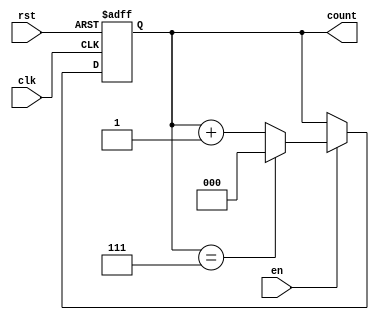
module synchronous_counter #(
    parameter WIDTH = 3  // Bit width of the counter (default is 3 bits)
) (
    input wire clk,      // Clock signal
    input wire rst,      // Reset signal
    input wire en,       // Enable signal
    output reg [WIDTH-1:0] count  // Current count value
);

// Asynchronous reset logic
always @(posedge clk or posedge rst) begin
    if (rst) begin
        count <= 0;  // Reset count to 0
    end else if (en) begin
        // Increment count and wrap around if necessary
        count <= (count == (1 << WIDTH) - 1) ? 0 : count + 1;
    end
end

endmodule